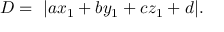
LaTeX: D = \ | a x _ { 1 } + b y _ { 1 } + c z _ { 1 } + d | .